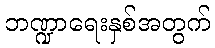
ဘဏ္ဍာရေးနှစ်အတွက်